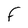
Character: F